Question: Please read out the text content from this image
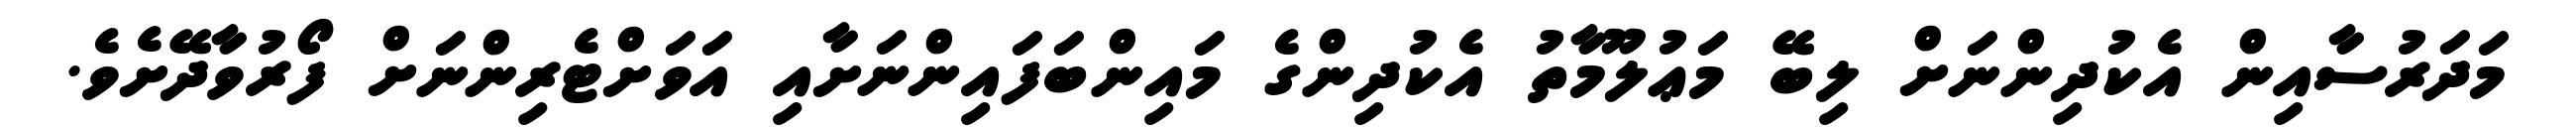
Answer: މަދަރުސާއިން އެކުދިންނަށް ލިބޭ މަޢުލޫމާތު އެކުދިންގެ މައިންބަފައިންނަށާއި އަވަށްޓެރިންނަށް ފޯރުވާދޭށެވެ.